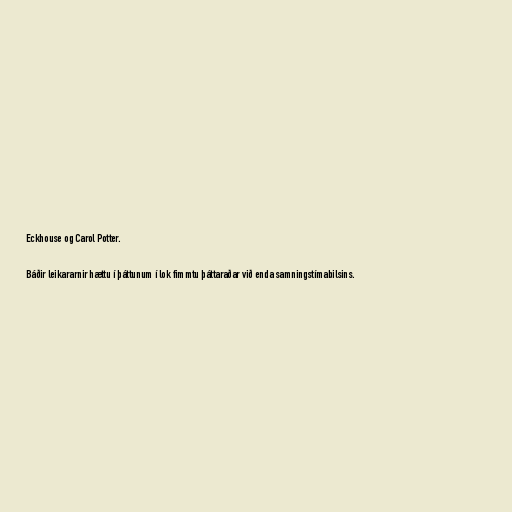
Eckhouse og Carol Potter.

Báðir leikararnir hættu í þáttunum í lok fimmtu þáttaraðar við enda samningstímabilsins.